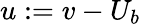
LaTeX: u:=v-U_{b}